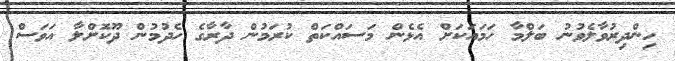
ހިންދިރުވާލެވުނު ބަލްމާ ހަމައަކަށް އެޅެން މަސައްކަތް ކުރަމުން ދާރާގެ ހެދުމުން ދޫކޮށްލާ އަވަސް